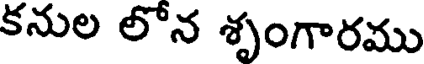
కనుల లోన శృంగారము